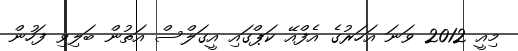
މިއީ 2012 ވަނަ އަހަރުގެ އެފްއޭ ކަޕްގައި އީގަލްސް އަތުން ބަލިވި ފަހުން